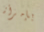
بإمرأة